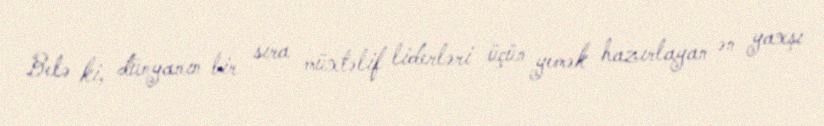
Belə ki, dünyanın bir sıra müxtəlif liderləri üçün yemək hazırlayan ən yaxşı